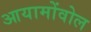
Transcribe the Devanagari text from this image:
आयामोंवोल